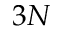
3 N